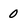
Character: 0